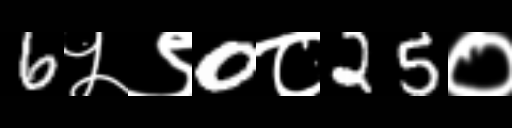
Text: 6५९0८25०